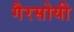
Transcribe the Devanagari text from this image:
गैरसोयी